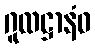
ဂူထဋ္ဌာနံဝ